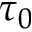
\tau _ { 0 }